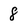
Character: 8